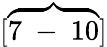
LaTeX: [\overbrace{7\mathrm{~-~}10}]